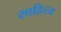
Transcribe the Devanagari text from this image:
साहित्त्य